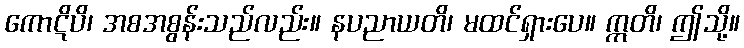
ကောဋိပိ၊ အစအစွန်းသည်လည်း။ နပညာယတိ၊ မထင်ရှားပေ။ ဣတိ၊ ဤသို့။